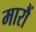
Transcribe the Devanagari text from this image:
मारौं